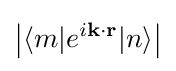
{\big |}\langle m|e^{i\mathbf {k} \cdot \mathbf {r} }|n\rangle {\big |}